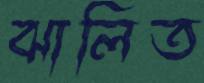
ঝালিত